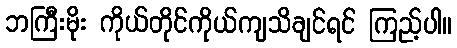
ဘကြီးမိုး ကိုယ်တိုင်ကိုယ်ကျသိချင်ရင် ကြည့်ပါ။